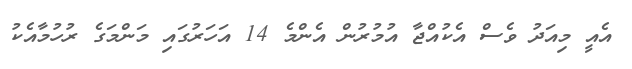
އެއީ މިއަދު ވެސް އެކުއްޖާ އުމުރުން އެންމެ 14 އަހަރުގައި މަންމަގެ ރުހުމާއެކު